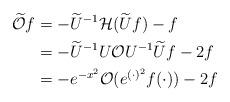
LaTeX: \begin{align*} \widetilde{\mathcal{O}} f&=-\widetilde{U}^{-1}\mathcal{H}(\widetilde{U}f)-f \\&= -\widetilde{U}^{-1}U \mathcal{O} U^{-1}\widetilde{U}f -2f \\&= -e^{-x^2} \mathcal{O}(e^{(\cdot)^2} f(\cdot))-2f \end{align*}